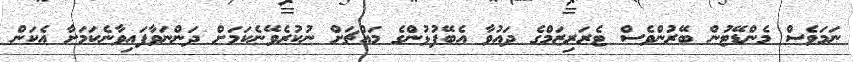
ނަމަވެސް މެންޑޭޓުން ބޭރުންވެސް ޓެރަރިޒަމްގެ ދައުވާ އެބޭފުޅުންގެ މައްޗަށް ނުކުރެވޭނެކަމަށް ދަންނަވާފައިވާނެކަމަށާ އެކަން